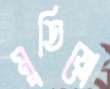
মুতিয়ো